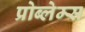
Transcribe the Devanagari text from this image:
प्रोब्लेम्स